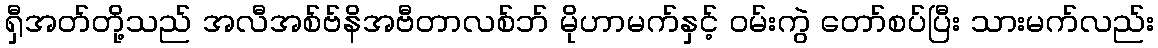
ရှီအတ်တို့သည် အလီအစ်ဗ်နိအဗီတာလစ်ဘ် မိုဟာမက်နှင့် ဝမ်းကွဲ တော်စပ်ပြီး သားမက်လည်း